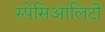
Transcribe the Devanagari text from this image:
स्पेसिआलिटी